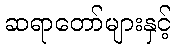
ဆရာတော်များနှင့်